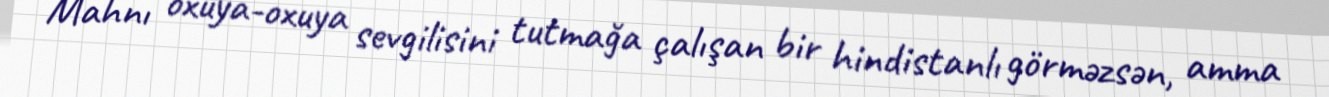
Mahnı oxuya-oxuya sevgilisini tutmağa çalışan bir hindistanlı görməzsən, amma